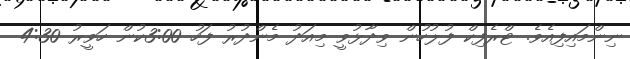
ނިންމައިފިއެވެ. ޓްރެފިކް ފުލުހުން ވިދާޅުވީ މިއަދު މެންދުރު ފަހު 3:00ކުން ހަވީރު 4:30